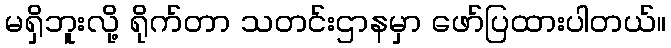
မရှိဘူးလို့ ရိုက်တာ သတင်းဌာနမှာ ဖော်ပြထားပါတယ်။